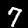
Label: 7